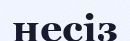
несіз